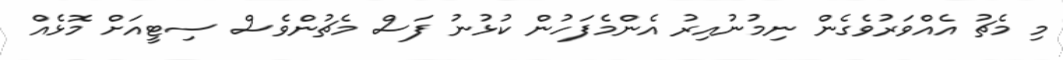
މި މެޗު އެއްވަރުވެގެން ނިމުނުއިރު އެންމެފަހުން ކުޅުނު ފަސް މެޗުންވެސް ސިޓީއަށް މޮޅެއް